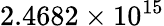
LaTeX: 2.4682\times 10^{15}